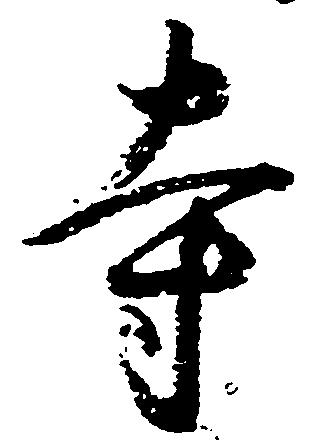
寺